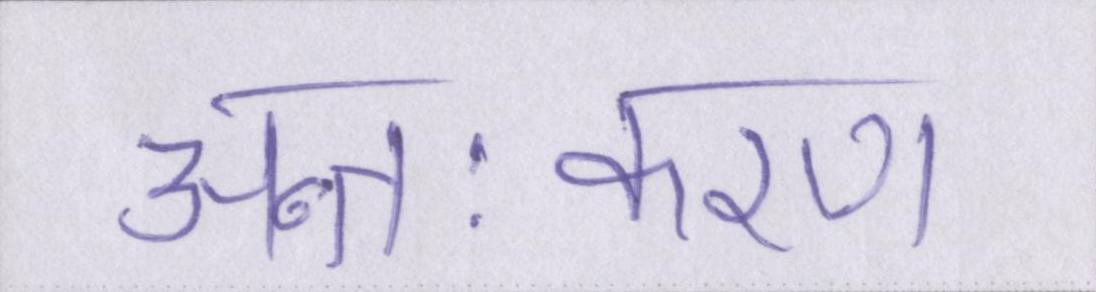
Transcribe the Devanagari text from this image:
अन्तःकरण